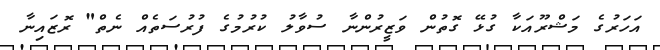
އަހަރުގެ މަޝްރޫއަކާ ގުޅޭ ގޮތުން ވަޒީރުންނާ ސުވާލު ކުރުމުގެ ފުރުސަތެއް ނެތް" ރޮޒައިނާ